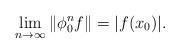
LaTeX: \begin{align*}\lim_{n\to \infty} \|\phi_0^{n}f\|= |f(x_0)|.\end{align*}